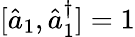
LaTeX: [\hat{a}_{1},\hat{a}_{1}^{\dagger}]=1